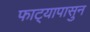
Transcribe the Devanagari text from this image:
फाट्यापासुन